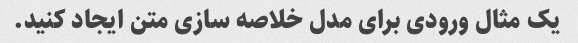
یک مثال ورودی برای مدل خلاصه سازی متن ایجاد کنید.